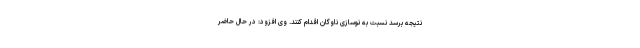
نتیجه برسد نسبت به نوسازی ناوگان اقدام کنند. وی افزود: در حال حاضر